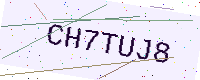
Text: CH7TUJ8